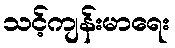
သင့်ကျန်းမာရေး